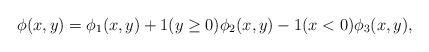
\begin{align*}\phi(x,y)=\phi_1(x,y)+1(y\ge 0)\phi_2(x,y)-1(x<0)\phi_3(x,y),\end{align*}